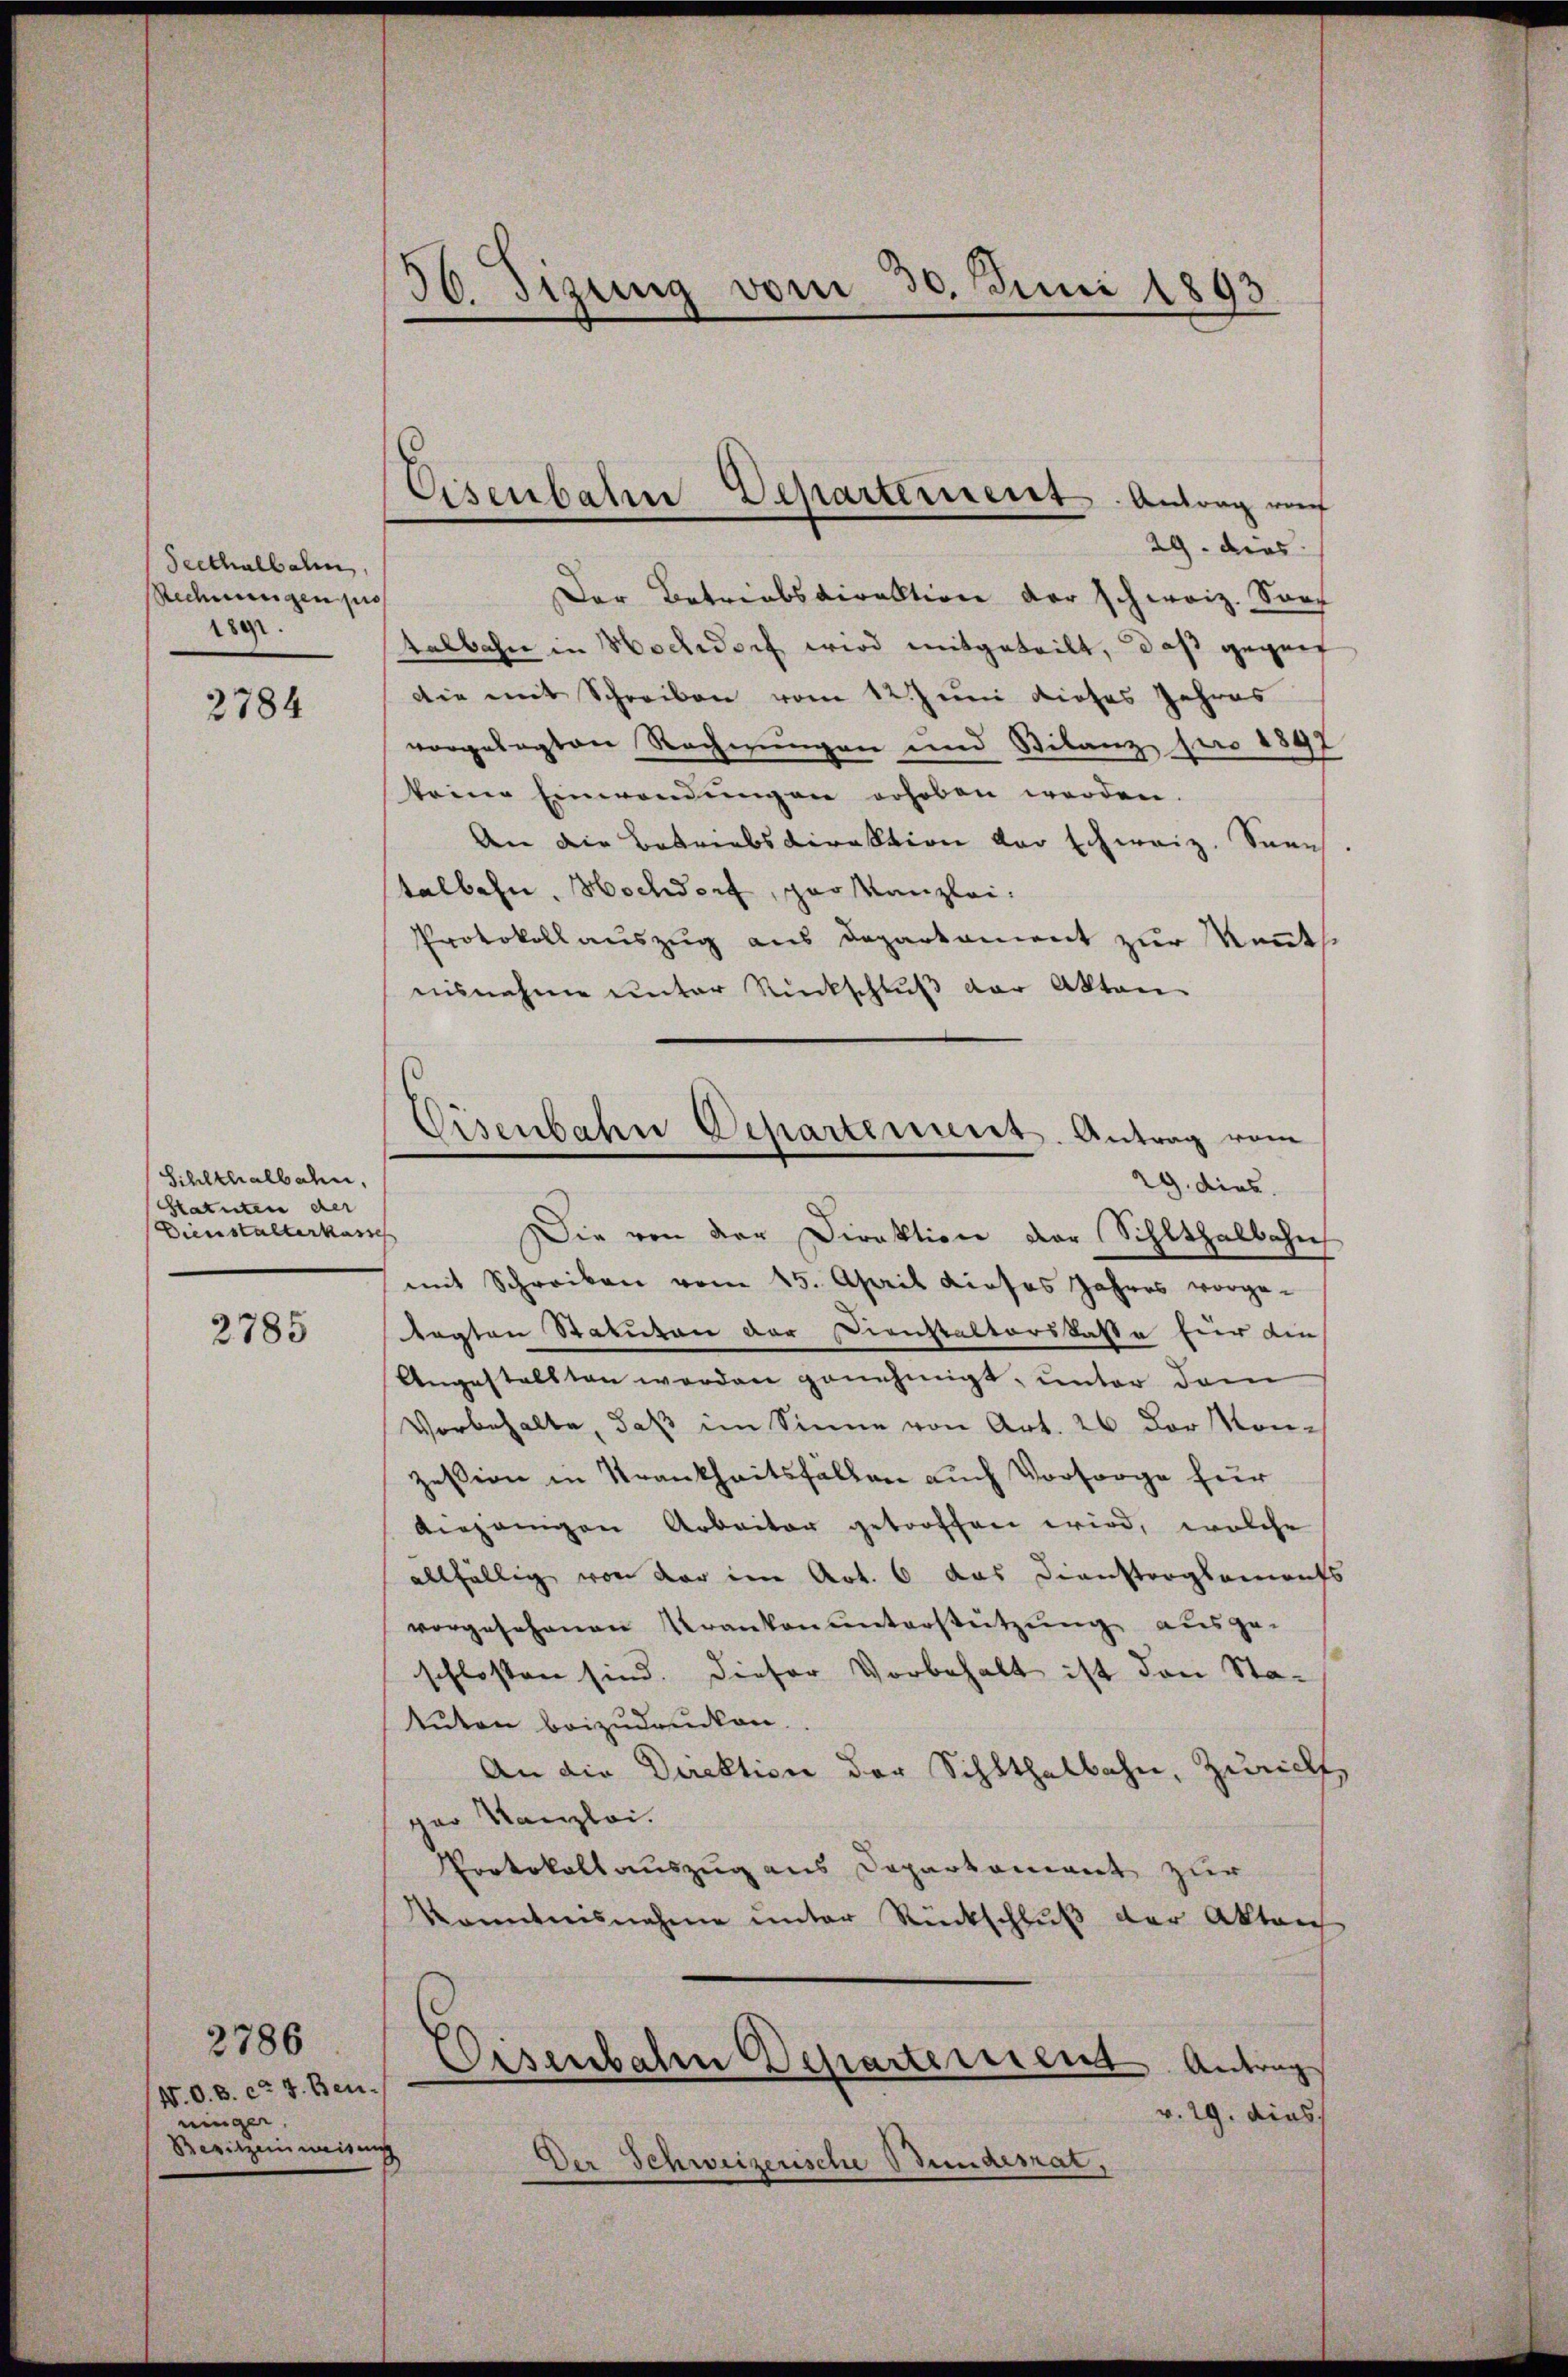
Seethalbahn,
Rechnungen pro
1892.

2784

Sihlthalbahn,
Statuten der
Dienstalterkass

2785

2786
(N. O. B. ca 7. Beu
ninger,
Besitzeinweisen

36. Sizung vom 30. Juni 1893.

Eisenbahn Departernent. Antrag auch

Fisenbahn Departement. Antrag vom
29. dies

29. dies
Der Betriebsdirektion der schweiz. Son
talbahn in Hochdorf wird mitgeteilt, daß gegen
die mit Schreiben vom 12. Juni dieses Jahres
vorgelegten Rechnungen und Stilanz pro 1897
keine Einwendungen erhoben werden.
An die Betriebsdirektion der schweiz. Sonn
talbahn. Hochdorf, par Kanzlei-
Protokollauszug aus Departement zur Kennt.
nisnahme unter Rückschluß der Akten
Die von der Direktion der Sihlthalbahn
mit Schreiben vom 15. April dieses Jahres vorge-
tagten Statuten der Dienstalterskasse für die
Angestellten werden genehmigt, unter dem
Vorbehalte, daß im Sinne von Art. 26 der Mon-
zession in Krankheitsfällen auch Vorsorge für
diejenigen Arbeiter getroffen wird, welche
allfällig von der im Art. 6 das Diensterglements
vorgesehenen Kranken unterstützung ausge-
schlossen sind. Dieser Vorbehalt ist den Sta-
tuten beizudrucken.
An die Direktion der Schlthalbahn, Zürich,
par Kanzlei.
Protokollauszug aus Daparkoment zur
Konntnisnahme unter Rückschlŭβ der Aktorch
Eisenbahn Departement
Antrag
v. 29. dies
s
Der Schweizerische Bunderat,